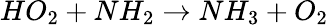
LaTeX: HO_{2}+NH_{2}\rightarrow NH_{3}+O_{2}